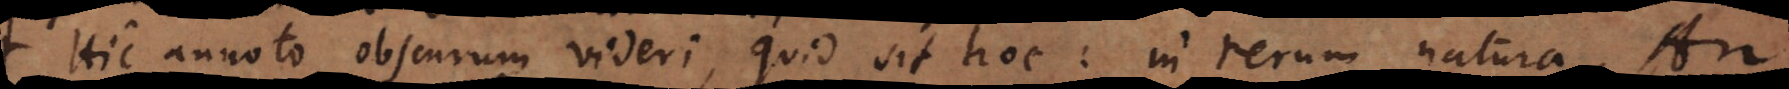
(Hic annoto obscurum videri, quid sit hoc: in rerum natura. An